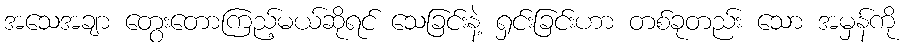
အသေအချာ တွေးတောကြည့်မယ်ဆိုရင် သေခြင်းနဲ့ ရှင်းခြင်းဟာ တစ်ခုတည်း သော အမှန်ကို